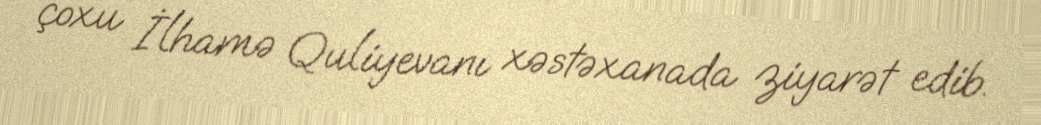
çoxu İlhamə Quliyevanı xəstəxanada ziyarət edib.